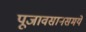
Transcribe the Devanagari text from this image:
पूजावसानसमये